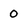
Character: 0